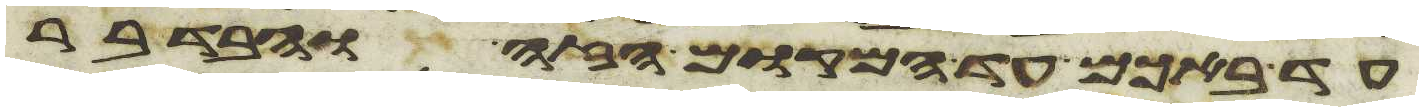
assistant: עד באכם עד המקום הזה ובדבר